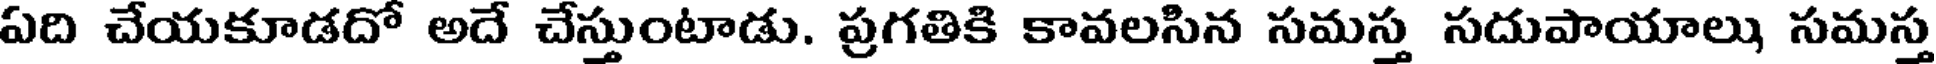
ఏది చేయకూడదో అదే చేస్తుంటాడు. ప్రగతికి కావలసిన సమస్త సదుపాయాలు సమస్త